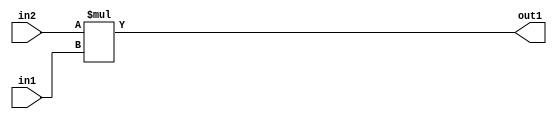
`timescale 1ps / 1ps
/*****************************************************************************
    Verilog RTL Description
    
    
    Created by: Stratus DpOpt 21.05.01 
*******************************************************************************/

module SobelFilter_Mul_32Sx9U_32S_1 (
	in2,
	in1,
	out1
	); /* architecture "behavioural" */ 
input [31:0] in2;
input [8:0] in1;
output [31:0] out1;
wire [31:0] asc001;

assign asc001 = 
	+(in2 * in1);

assign out1 = asc001;
endmodule

/* CADENCE  ubD1Tw0= : u9/ySxbfrwZIxEzHVQQV8Q== ** DO NOT EDIT THIS LINE ******/